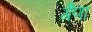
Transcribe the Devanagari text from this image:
गैणा